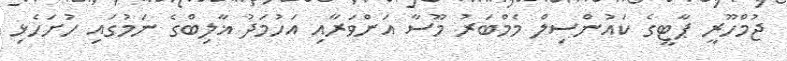
ޖުމްހޫރީ ޕާޓީގެ ކައުންސިލް މެމްބަރު މޫސާ އަންވަރާއި އަހުމަދު ޣާލިބްގެ ނަމުގައި ހުށަހެޅި